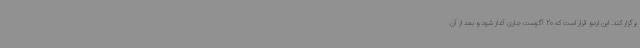
برگزار کند. این اردو قرار است که 20 آگوست جاری آغاز شود و بعد از آن